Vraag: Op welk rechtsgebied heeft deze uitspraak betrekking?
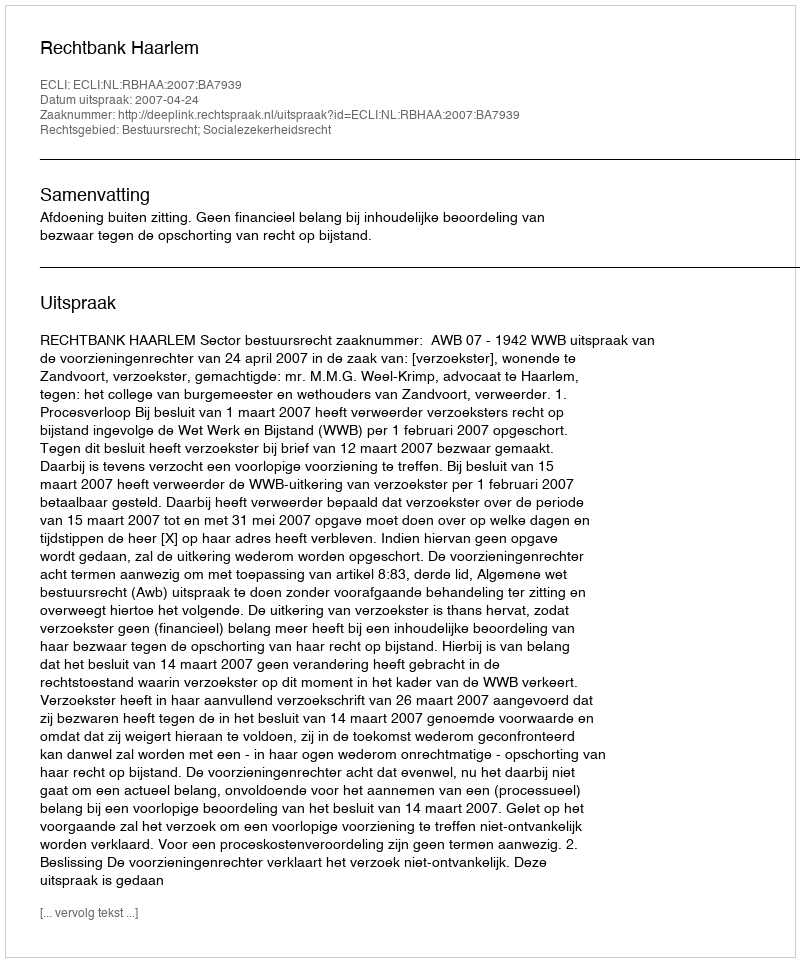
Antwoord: Bestuursrecht; Socialezekerheidsrecht